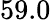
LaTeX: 59.0